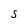
Character: S